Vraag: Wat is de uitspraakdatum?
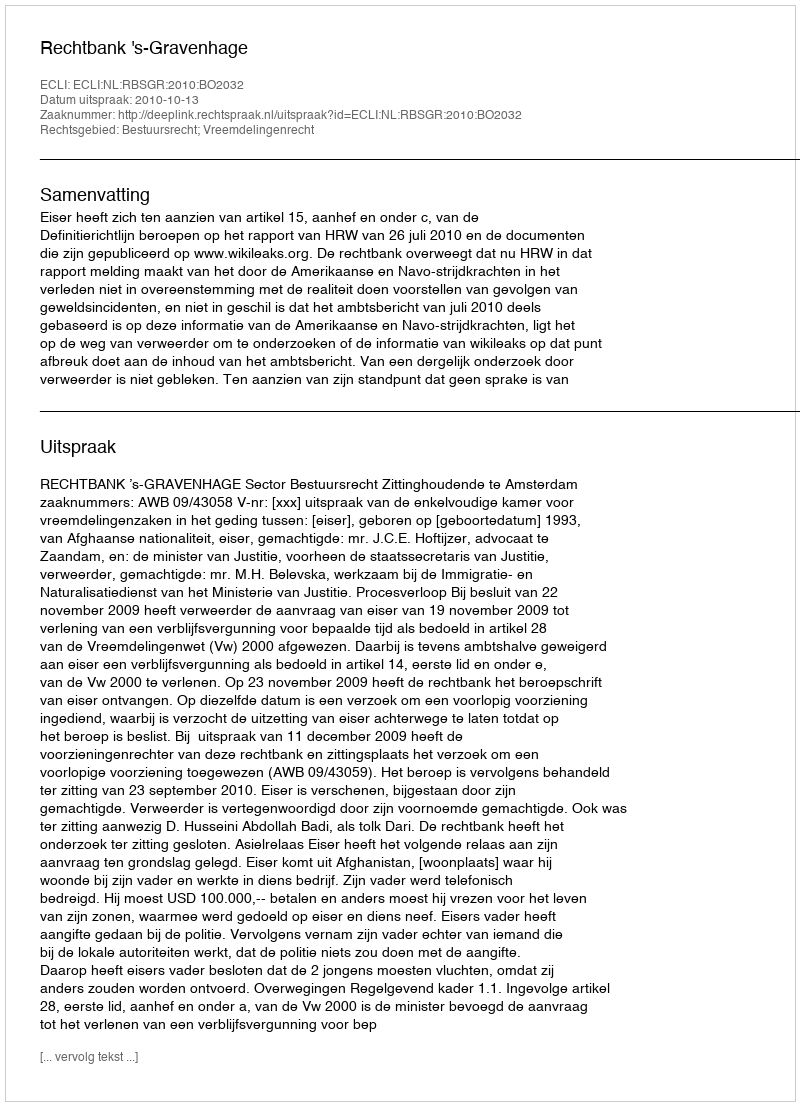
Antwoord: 2010-10-13